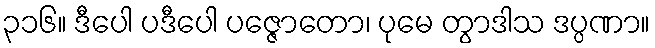
၃၁၆။ ဒီပေါ ပဒီပေါ ပဇ္ဇောတော၊ ပုမေ တွာဒါသ ဒပ္ပဏာ။